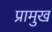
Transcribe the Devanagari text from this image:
प्रामुख